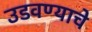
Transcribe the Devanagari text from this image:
उडवण्याचे